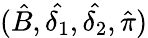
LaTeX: (\hat{B},\hat{\delta_{1}},\hat{\delta_{2}},\hat{\pi})